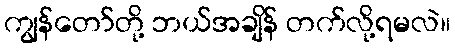
ကျွန်တော်တို့ ဘယ်အချိန် တက်လို့ရမလဲ။